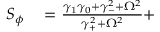
\begin{array} { r l } { S _ { \phi } } & { { } = \frac { \gamma _ { 1 } \gamma _ { 0 } + \gamma _ { - } ^ { 2 } + \Omega ^ { 2 } } { \gamma _ { + } ^ { 2 } + \Omega ^ { 2 } } + } \end{array}